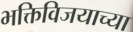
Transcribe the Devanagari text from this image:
भक्तिविजयाच्या